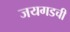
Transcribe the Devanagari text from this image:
जयगडची